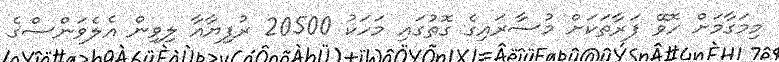
މިމަގާމަށް ހޮވޭ ފަރާތަކަށް މުސާރައިގެ ގޮތުގައި މަހަކު 20500 ރުފިޔާއާ ލިވިން އެލެވަންސްގެ